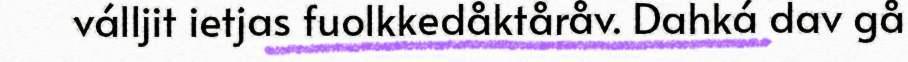
válljit ietjas fuolkkedåktåråv. Dahká dav gå